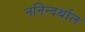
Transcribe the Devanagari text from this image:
ननिन्दर्थाल